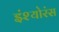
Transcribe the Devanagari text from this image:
इंश्योरंस